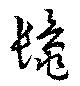
鬣